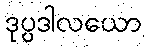
ဒုပ္ပဒါလယော